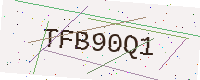
Text: TFB90Q1